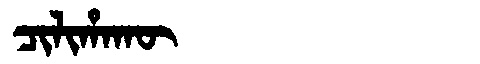
Manchu: ᠴᡳᠯᡳᡥᠠᡴᡡ
Romanization: CILIHAKŪ